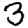
Digit: 3